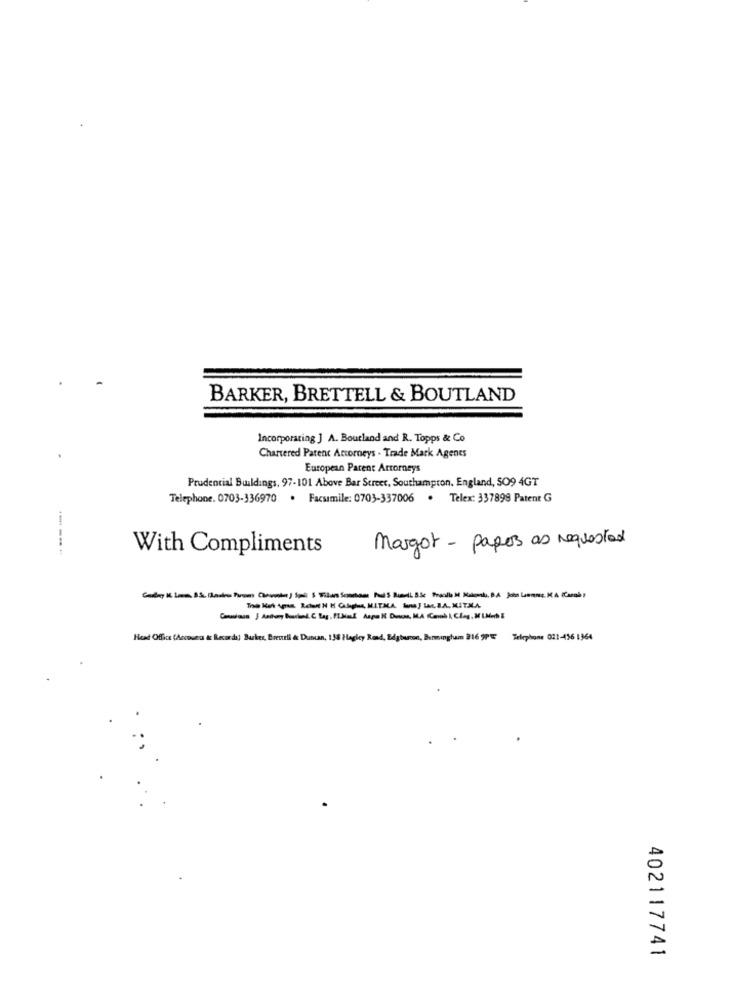
BARKER, BRETTELL & BOUTLAND
Incorporating J A. Boutland and R. Topps & Co
Chartered Patent Attorneys . Trade Mark Agents
European Parent Arromneys
Prudential Buildings, 97-101 Above Bar Street, Southampton, England, SO9 4GT
Telephone. 0703-336970 . Facsimile: 0703-337006 . Telex: 337899 Patent G
With Compliments
Margot - papers as requested
Ton Kat (pu Relan N H Cipha MITMA in) in. B.A. MITMA
Head Office (Accounts &: Recorda) Burkes, Breurli & Duncan, 158 Hagley Road, Edgbircon, Birmingham 216 9PE Telephone 021-456 1364
402117741